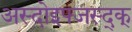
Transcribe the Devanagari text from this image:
अस्दोइफ्जस्द्क्